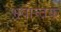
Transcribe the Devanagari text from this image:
भवान्तकं